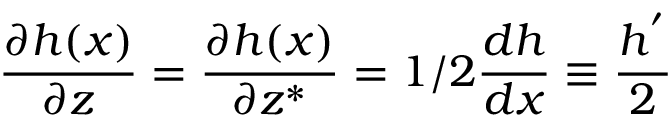
\frac { \partial h ( x ) } { \partial z } = \frac { \partial h ( x ) } { \partial z ^ { * } } = 1 / 2 \frac { d h } { d x } \equiv \frac { h ^ { ' } } { 2 }